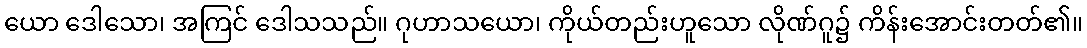
ယော ဒေါသော၊ အကြင် ဒေါသသည်။ ဂုဟာသယော၊ ကိုယ်တည်းဟူသော လိုဏ်ဂူ၌ ကိန်းအောင်းတတ်၏။